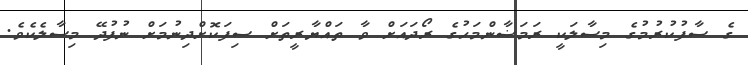
ގެ ސާފުކުރުމުގެ މިސާލަކީ ރަމަޟާންމަހުގެ ރޯދައަށް ވާ ތައްޔާރީތަށް ސިފަކޮށްދިނުމަށް ނުފުދޭ މިސާލެކެވެ.